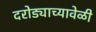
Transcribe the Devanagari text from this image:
दरोड्याच्यावेळी